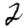
Digit: 2